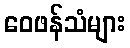
ဝေဖန်သံများ